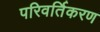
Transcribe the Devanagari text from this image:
परिवर्तिकरण